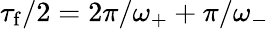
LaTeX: \tau_{\mathrm{f}}/2=2\pi/\omega_{+}+\pi/\omega_{-}